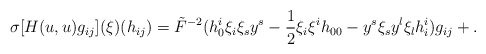
\begin{align*}\sigma[H(u,u)g_{ij}](\xi)(h_{ij})=\tilde{F}^{-2}(h^i_0\xi_i\xi_sy^s-\frac{1}{2}\xi_i\xi^ih_{00}-y^s\xi_sy^l\xi_lh_i^i)g_{ij}+.\end{align*}